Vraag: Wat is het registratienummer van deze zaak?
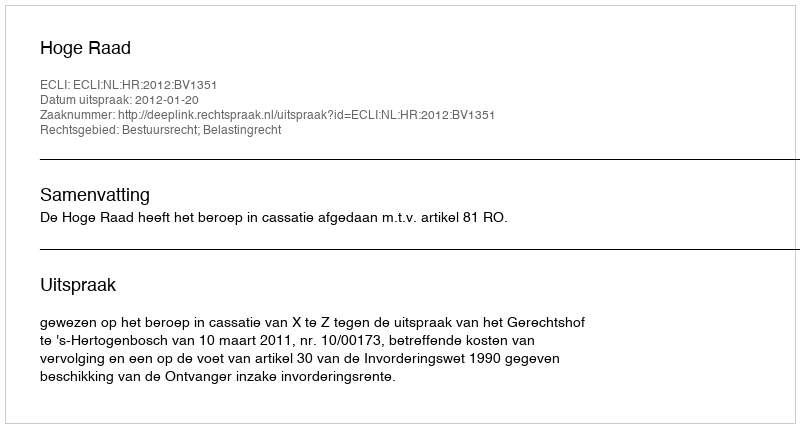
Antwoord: http://deeplink.rechtspraak.nl/uitspraak?id=ECLI:NL:HR:2012:BV1351